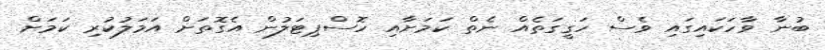
ބުނާ ވާހަކައިގައި ވެސް ހަގީގަތެއް ނެތް ކަމަށާއި ހޮސްޕިޓަލުން އެގޮތަށް އަމަލުކުރި ކަމަށް